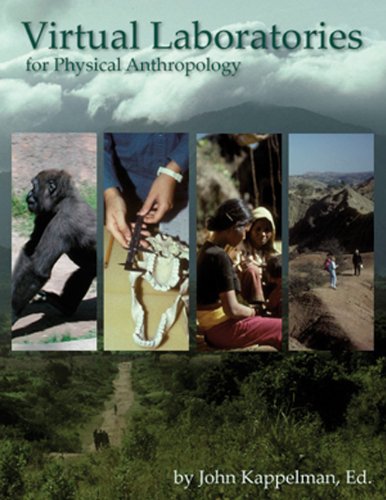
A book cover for Virtual Laboratories for Physical Anthropology CD-ROM, Version 4.0 (Available Titles CengageNOW); John Kappelman; Politics & Social Sciences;